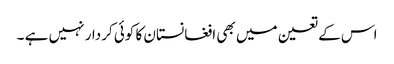
اس کے تعین میں بھی افغانستان کا کوئی کردار نہیں ہے ۔